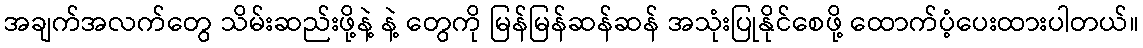
အချက်အလက်တွေ သိမ်းဆည်းဖို့နဲ့ နဲ့ တွေကို မြန်မြန်ဆန်ဆန် အသုံးပြုနိုင်စေဖို့ ထောက်ပံ့ပေးထားပါတယ်။